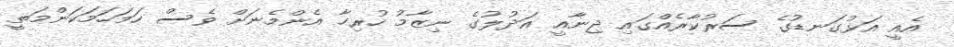
އެއީ އަޅުގަނޑުގެ ސަރުކާރެއްގައި ޖިނާއީ އަދުލުގެ ނިޒާމު ހުރިހާ އެންމެނަށް ވެސް ހަމަހަމަކަންމަތީ